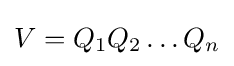
V=Q_{1}Q_{2}\dots Q_{n}